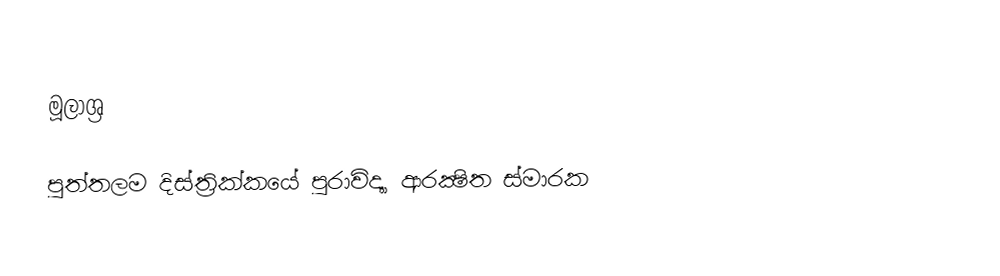

මූලාශ්‍ර

පුත්තලම දිස්ත්‍රික්කයේ පුරාවිද්‍යා ආරක්‍ෂිත ස්මාරක